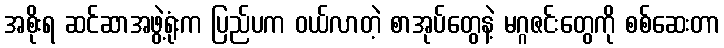
အစိုးရ ဆင်ဆာအဖွဲ့ရုံးက ပြည်ပက ဝယ်လာတဲ့ စာအုပ်တွေနဲ့ မဂ္ဂဇင်းတွေကို စစ်ဆေးတာ